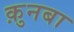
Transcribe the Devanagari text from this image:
क़ुनबा